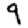
Digit: 9